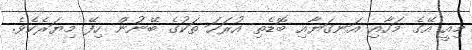
މިއީ އޭގެ މަހާއި އަނގަޔާއި ބޮޑެތި އުރަހަ ތަކުގެ ބޭނުން ހިފޭ މިޔަރެކެވެ.